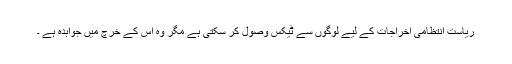
ریاست انتظامی اخراجات کے لیے لوگوں سے ٹیکس وصول کر سکتی ہے مگر وہ اس کے خرچ میں جوابدہ ہے ۔